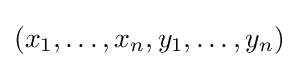
(x_{1},\ldots ,x_{n},y_{1},\ldots ,y_{n})